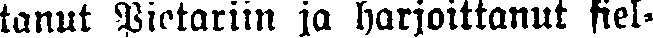
tanut Pietariin ja harjoittanut siel-